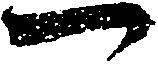
一